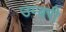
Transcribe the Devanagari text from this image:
उम्बरी